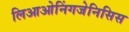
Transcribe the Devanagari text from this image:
लिआओनिंगजेनिसिस